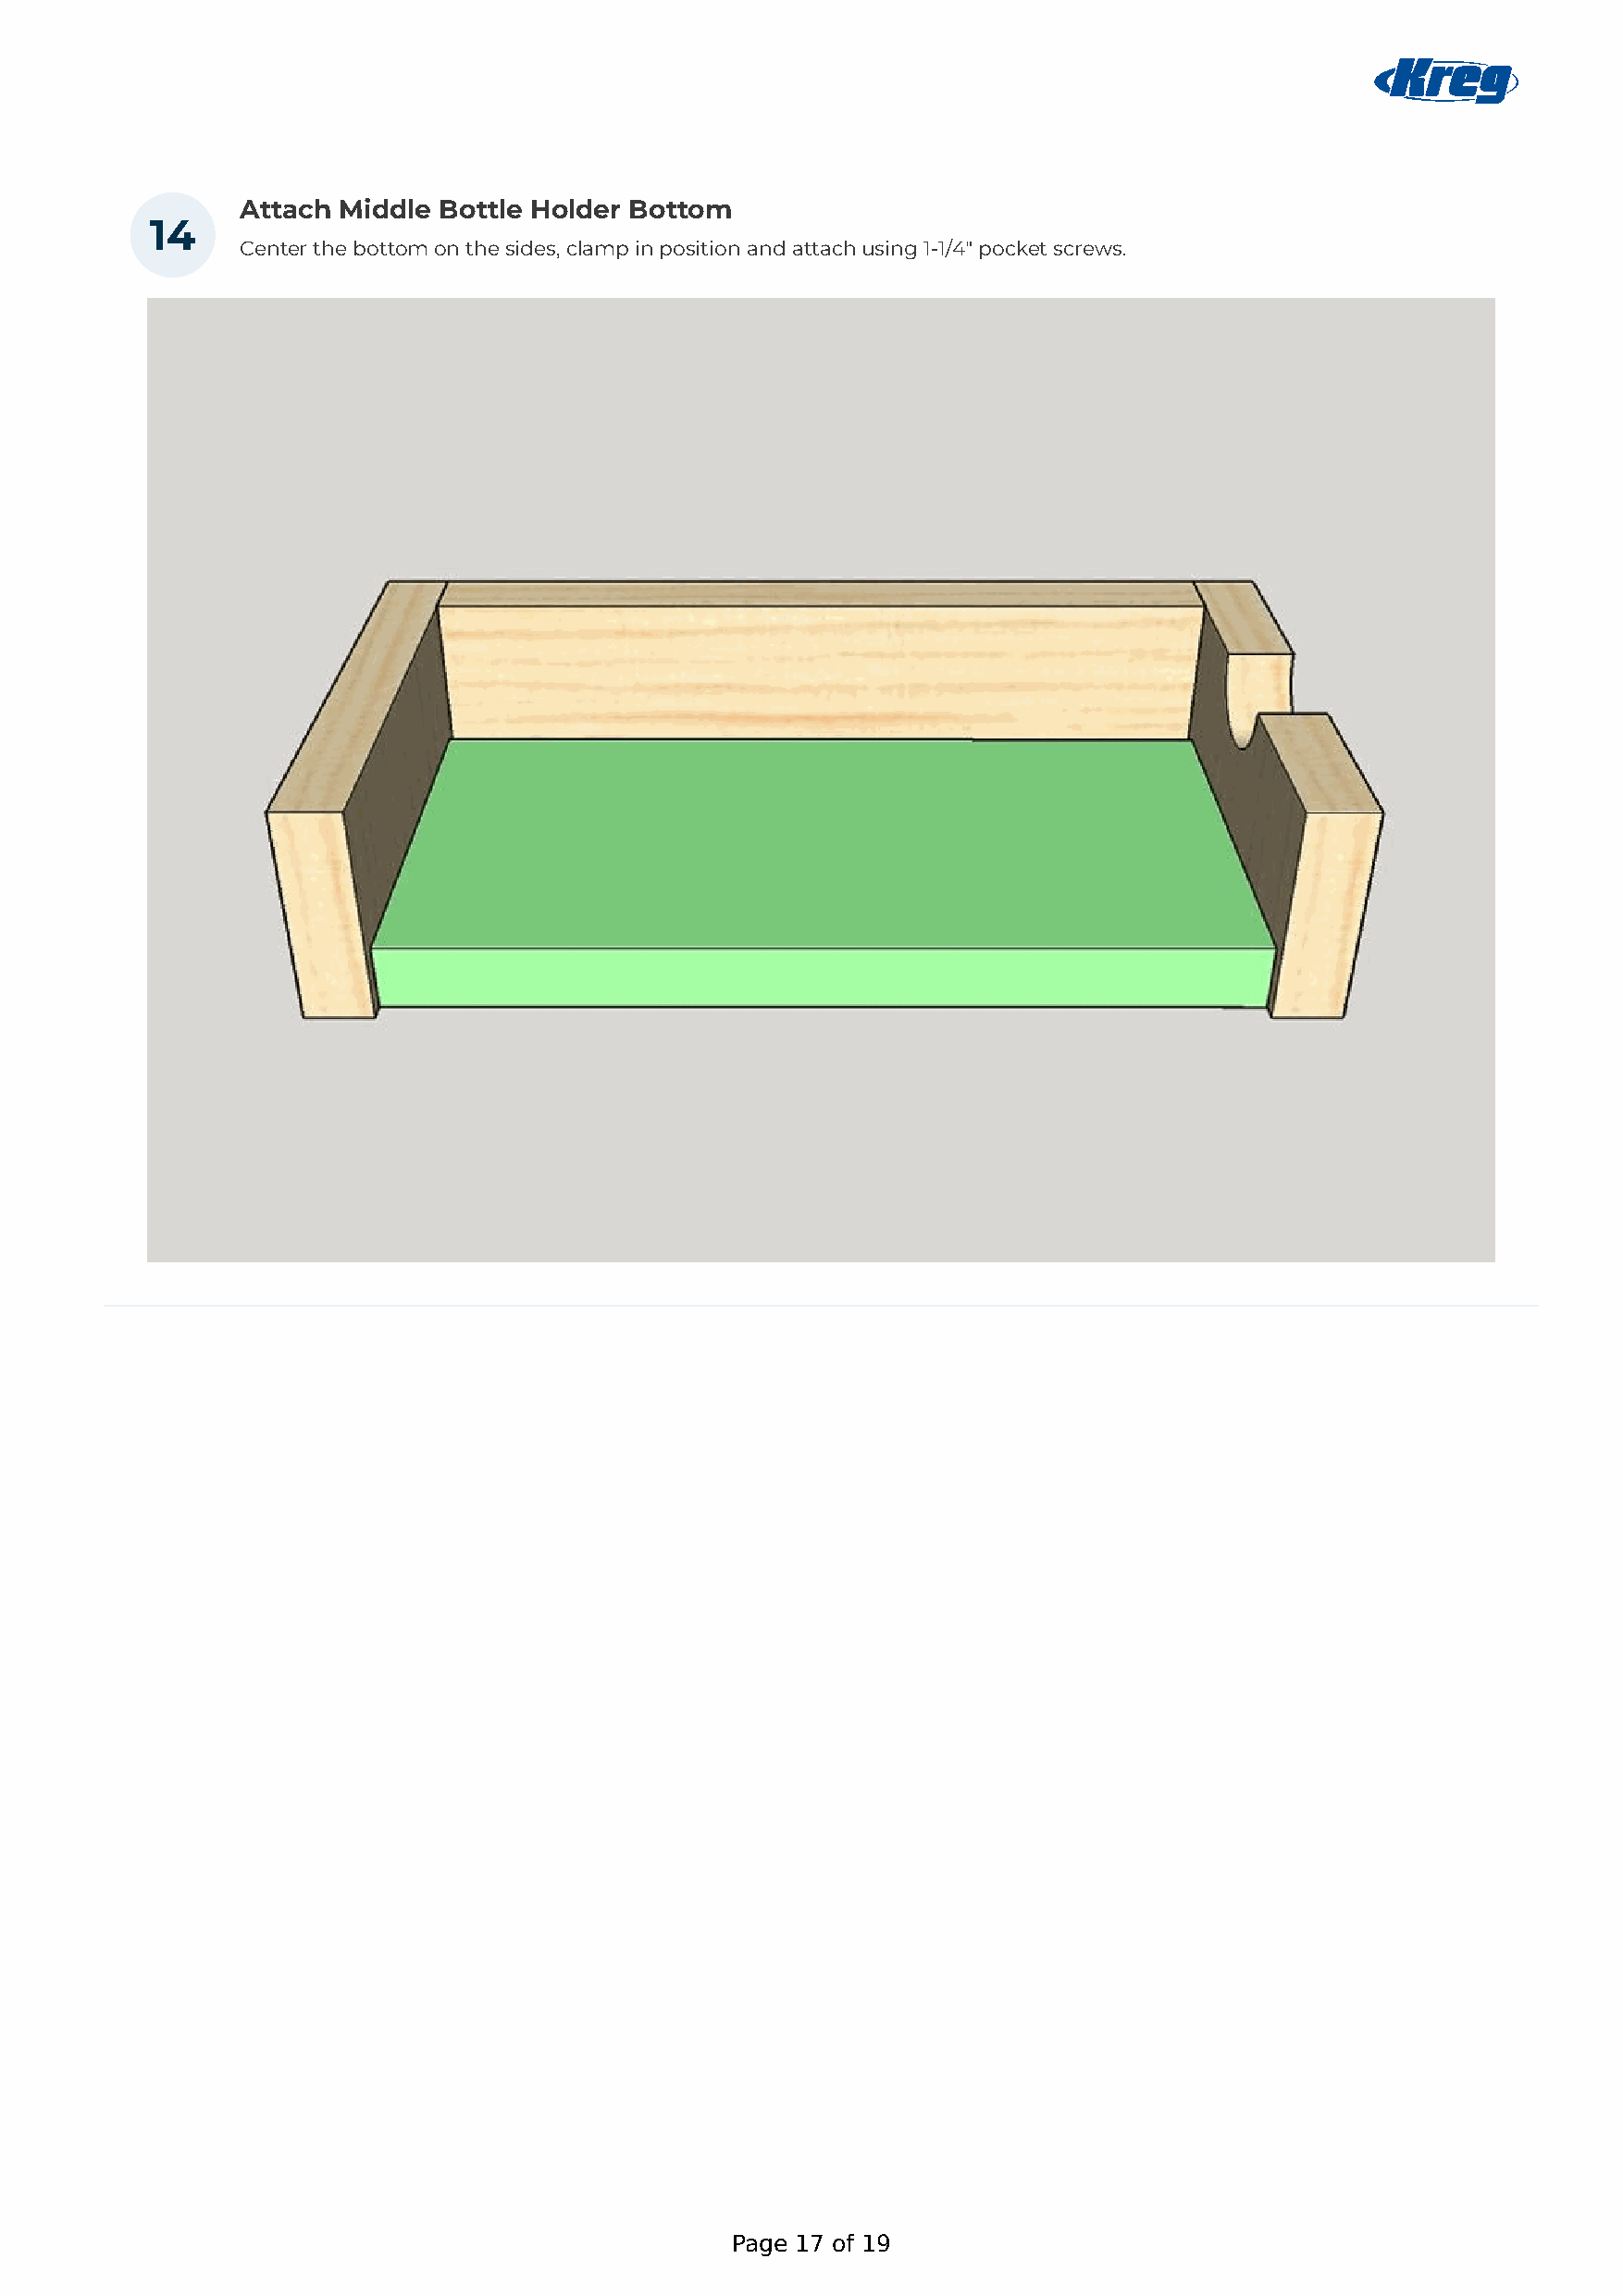
Attach Middle Bottle Holder Bottom
 14
 Center the bottom on the sides, clamp in position and attach using 1-1/4" pocket screws.
 Page 17 of 19